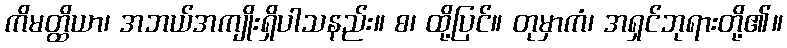
ကိမတ္ထိယာ၊ အဘယ်အကျိုးရှိပါသနည်း။ စ၊ ထို့ပြင်။ တုမှာကံ၊ အရှင်ဘုရားတို့၏။